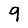
Digit: 9